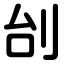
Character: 刣